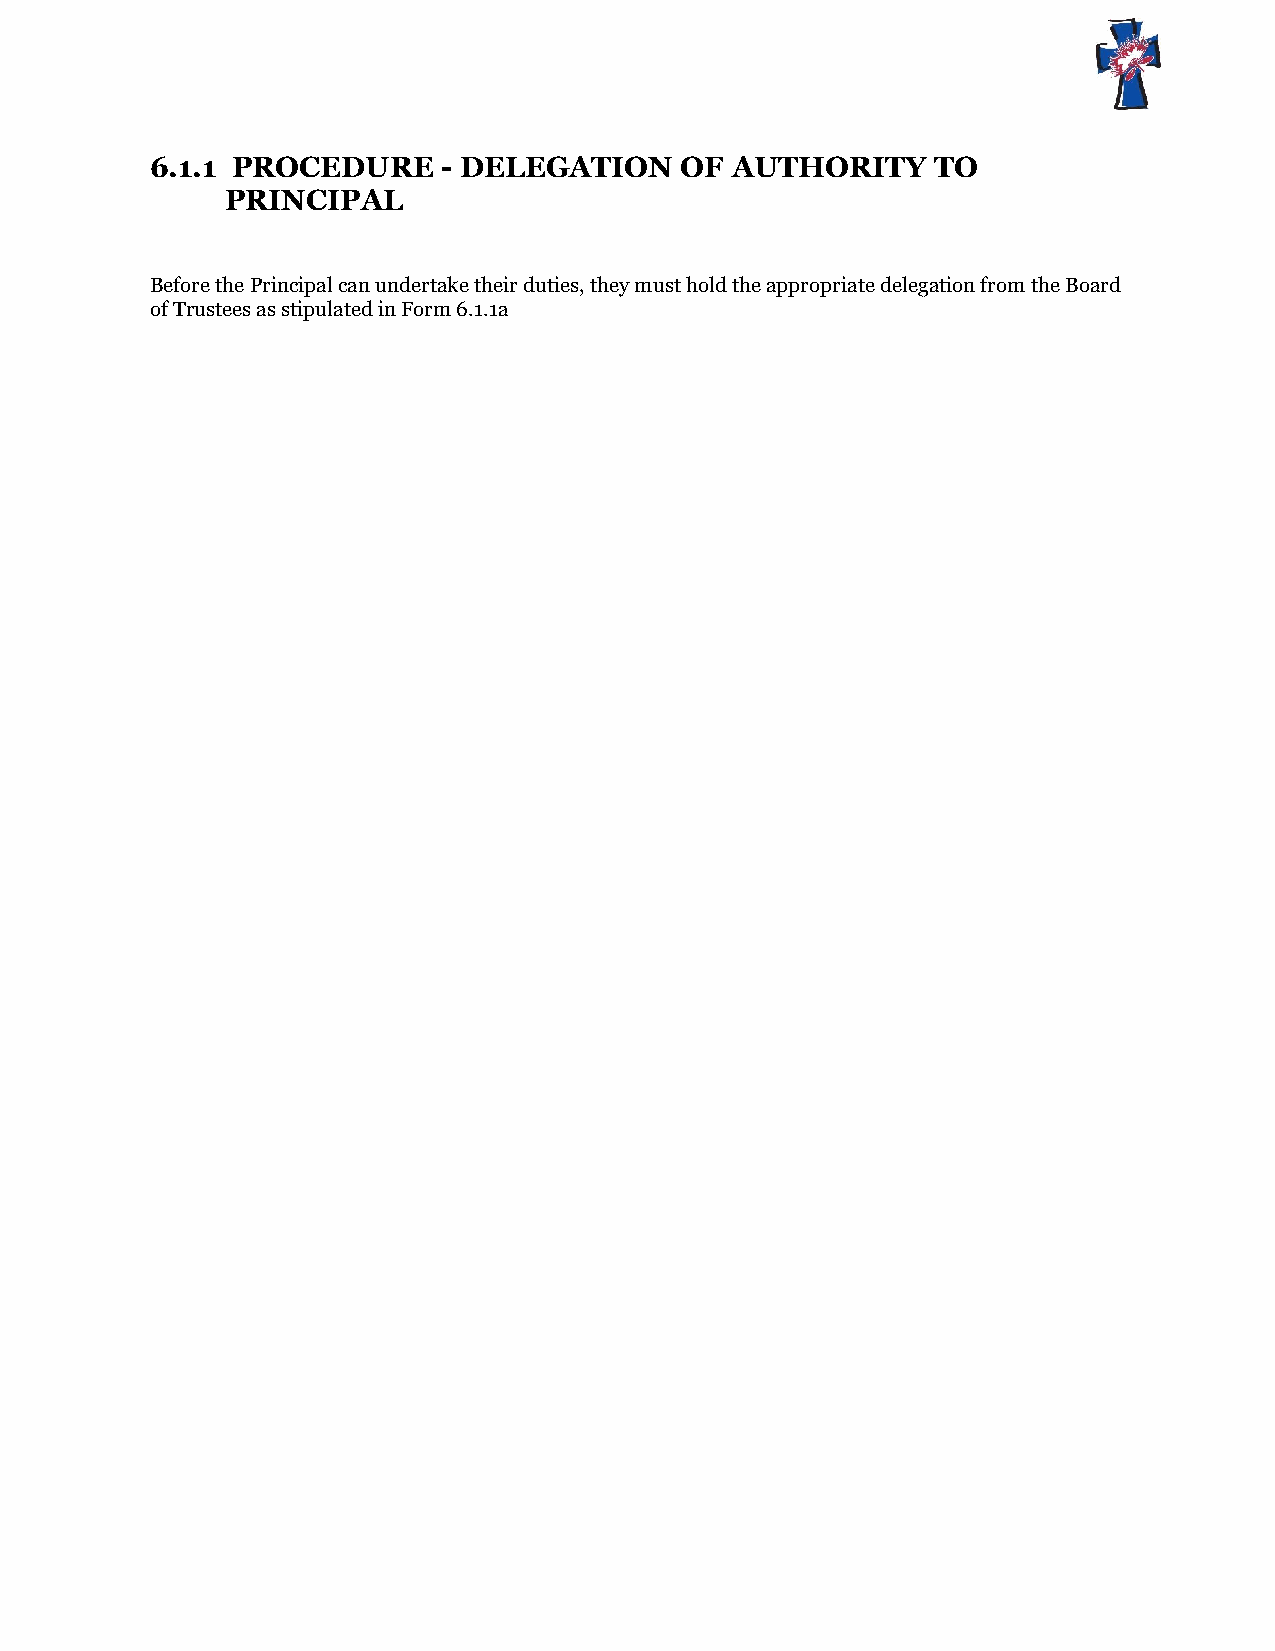
6.1.1 PROCEDURE    - DELEGATION    OF AUTHORITY     TO
 PRINCIPAL
 Before the Principal can undertake their duties, they must hold the appropriate delegation from the Board
 of Trustees as stipulated in Form 6.1.1a